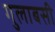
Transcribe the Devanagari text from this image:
गुलाबसी